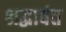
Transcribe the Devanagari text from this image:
श्रद्धावंत